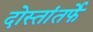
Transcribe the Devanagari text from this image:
दोस्तांतर्फे